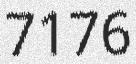
7176